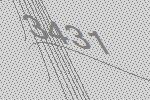
3431